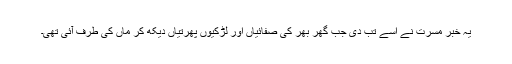
یہ خبر مسرت نے اسے تب دی جب گھر بھر کی صفائیاں اور لڑکیوں پھرتیاں دیکھ کر ماں کی طرف آئی تھی۔